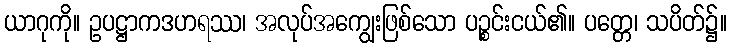
ယာဂုကို။ ဥပဋ္ဌာကဒဟရဿ၊ အလုပ်အကျွေးဖြစ်သော ပဉ္စင်းငယ်၏။ ပတ္တေ၊ သပိတ်၌။